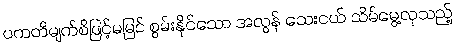
ပကတိမျက်စိဖြင့်မမြင် စွမ်းနိုင်သော အလွန် သေးငယ် သိမ်မွေ့လှသည့်